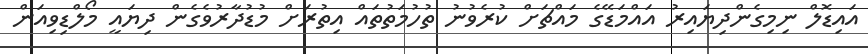
އައިޑޮލް ނިމިގެންދިޔައިރު އައްމަޑޭގެ މައްޗަށް ކުރެވުނު ތުހުމަތުތައް އިތުރަށް މުޑުދާރުވެގެން ދިޔައީ މޯލްޑިވިއަން